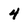
Character: 4